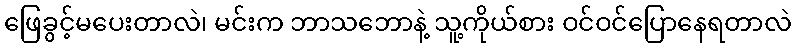
ဖြေခွင့်မပေးတာလဲ၊ မင်းက ဘာသဘောနဲ့ သူ့ကိုယ်စား ဝင်ဝင်ပြောနေရတာလဲ